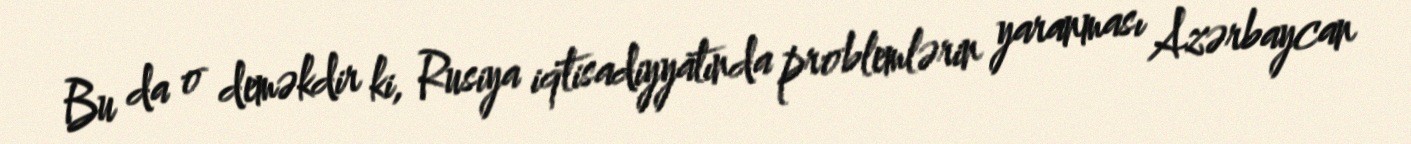
Bu da o deməkdir ki, Rusiya iqtisadiyyatında problemlərin yaranması Azərbaycan